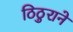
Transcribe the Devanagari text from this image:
ठिठुराने